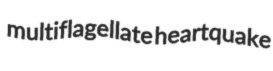
multiflagellate heartquake